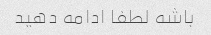
باشه لطفا ادامه دهید